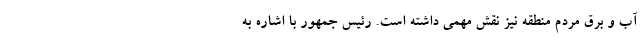
آب و برق مردم منطقه نیز نقش مهمی داشته است. رئیس جمهور با اشاره به